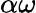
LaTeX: \alpha\omega